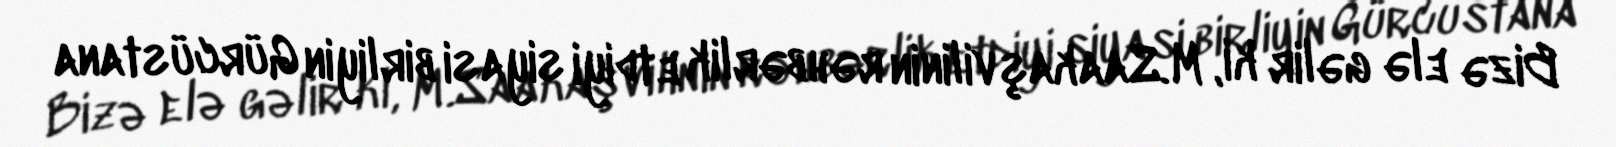
Bizə elə gəlir ki, M.Saakaşvilinin rəhbərlik etdiyi siyasi birliyin Gürcüstana